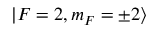
| F = 2 , m _ { F } = \pm 2 \rangle